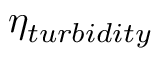
\eta _ { t u r b i d i t y }